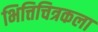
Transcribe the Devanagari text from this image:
भित्तिचित्रकला